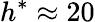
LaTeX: h^{*}\approx 20